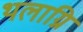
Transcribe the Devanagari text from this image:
थलाग्नि